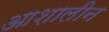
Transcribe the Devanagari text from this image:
आशालीन